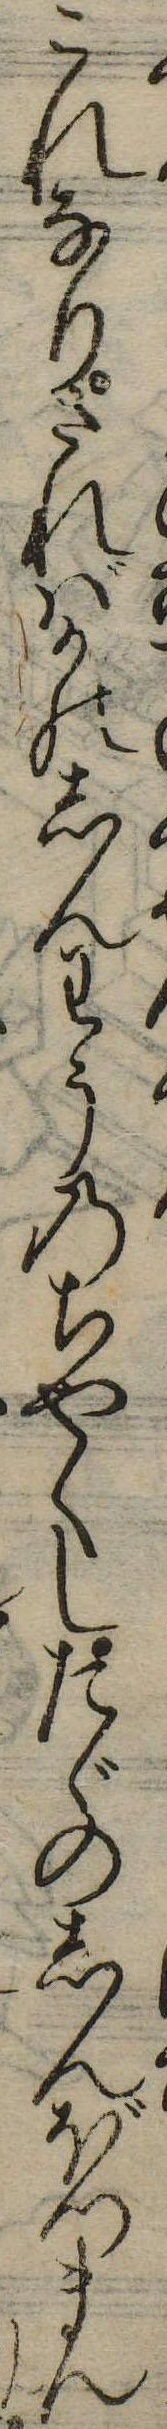
これなりさればかのしんわうのちやくしたゞのしんぼつまん